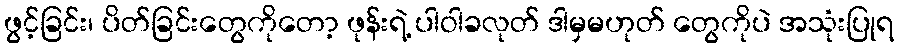
ဖွင့်ခြင်း၊ ပိတ်ခြင်းတွေကိုတော့ ဖုန်းရဲ့ ပါဝါခလုတ် ဒါမှမဟုတ် တွေကိုပဲ အသုံးပြုရ